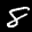
Label: 8